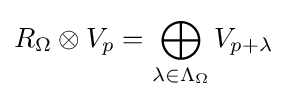
R_{\Omega }\otimes V_{p}=\bigoplus _{\lambda \in \Lambda _{\Omega }}V_{p+\lambda }